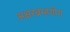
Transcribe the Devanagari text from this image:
अक्षरब्रम्हयोग